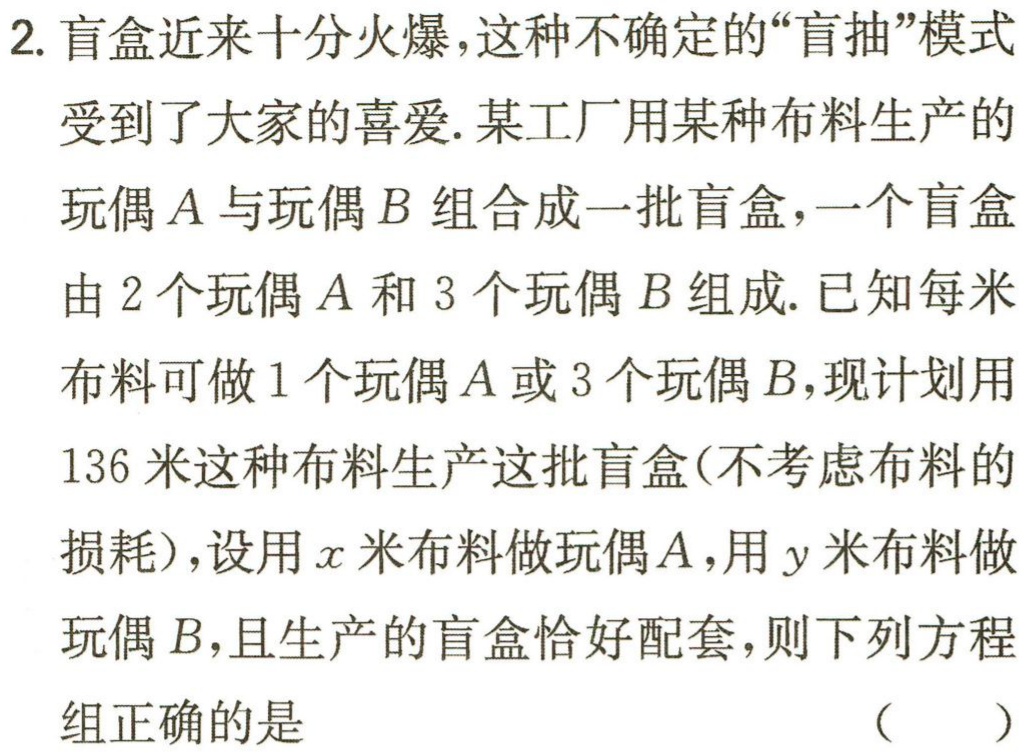
2. 盲盒近来十分火爆，这种不确定的“盲抽”模式

受到了大家的喜爱. 某工厂用某种布料生产的

玩偶\(A\)与玩偶\(B\) 组合成一批盲盒，一个盲盒

由\(2\)个玩偶\(A\)和\(3\)个玩偶\(B\)组成. 已知每米

布料可做\(1\)个玩偶\(A\)或\(3\)个玩偶\(B\)，现计划用

\(136\)米这种布料生产这批盲盒(不考虑布料的

损耗)，设用\(x\)米布料做玩偶\(A\)，用\(y\)米布料做

玩偶\(B\)，且生产的盲盒恰好配套，则下列方程

组正确的是

（  ）